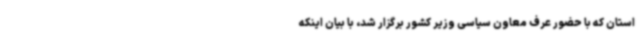
استان که با حضور عرف معاون سیاسی وزیر کشور برگزار شد، با بیان اینکه